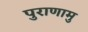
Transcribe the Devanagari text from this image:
पुराणामु